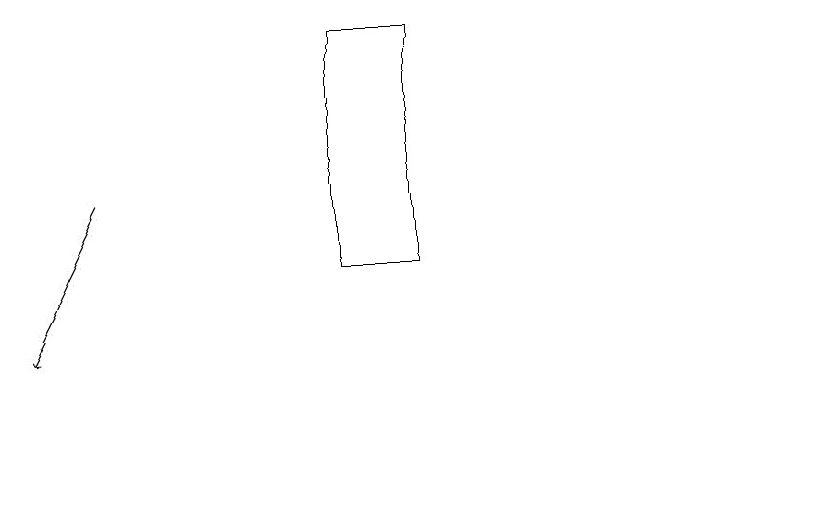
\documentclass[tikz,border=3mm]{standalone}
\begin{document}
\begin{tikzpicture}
\draw[->] (2,14) -- (1,12);
\draw (6,16) rectangle (5,13);
\draw (11,10) circle (0);
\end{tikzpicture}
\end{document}